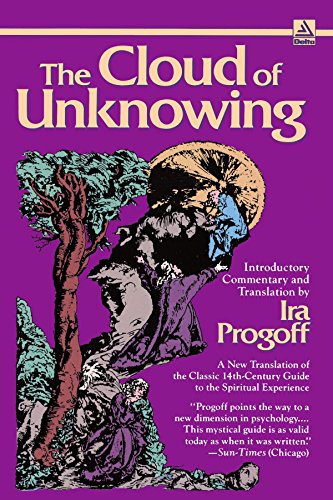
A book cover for The Cloud of Unknowing: A New Translation of the Classic 14th-Century Guide to the Spiritual Experience; Ira Progoff; Religion & Spirituality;